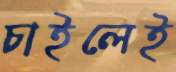
চাইলেই